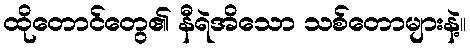
ထိုတောင်တွေ၏ နီရဲအိသော သစ်တောများနဲ့။